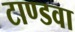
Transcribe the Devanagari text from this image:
टाण्डवा